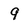
Character: 9